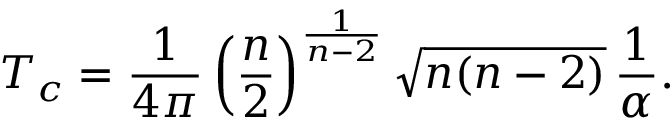
T _ { c } = \frac { 1 } { 4 \pi } \left( \frac { n } { 2 } \right) ^ { \frac { 1 } { n - 2 } } \sqrt { n ( n - 2 ) } \, \frac { 1 } { \alpha } .